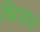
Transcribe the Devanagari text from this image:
घियाथ